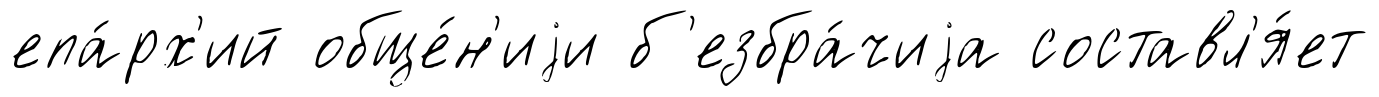
епа́рх'ий обще́н'иjи б'езбра́чиjа составл'я́ет